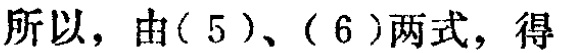
所以，由( 5 )、( 6 )两式，得